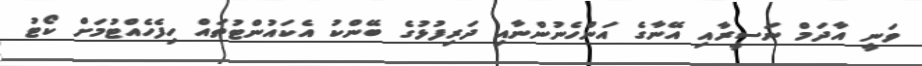
ވަނީ އާދަމް ނަސީރާއި އޭނާގެ އަންހެނުންނާއި ދަރިފުޅުގެ ބޭންކު އެކައުންޓުތައް ހިފެހެއްޓުމަށް ކޯޓު